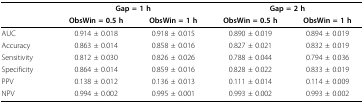
|  | <COLSPAN=2> Gap = 1 h | <COLSPAN=2> Gap = 2 h |
 |  | ObsWin = 0.5 h | ObsWin = 1 h | ObsWin = 0.5 h | ObsWin = 1 h |
 | --- | --- | --- | --- | --- |
 | AUC | 0.914 ± 0.018 | 0.918 ± 0.015 | 0.890 ± 0.019 | 0.894 ± 0.019 |
 | Accuracy | 0.863 ± 0.014 | 0.858 ± 0.016 | 0.827 ± 0.021 | 0.832 ± 0.019 |
 | Sensitivity | 0.812 ± 0.030 | 0.826 ± 0.026 | 0.788 ± 0.044 | 0.794 ± 0.036 |
 | Specificity | 0.864 ± 0.014 | 0.859 ± 0.016 | 0.828 ± 0.022 | 0.833 ± 0.019 |
 | PPV | 0.138 ± 0.012 | 0.136 ± 0.013 | 0.111 ± 0.014 | 0.114 ± 0.009 |
 | NPV | 0.994 ± 0.002 | 0.995 ± 0.001 | 0.993 ± 0.002 | 0.993 ± 0.002 |